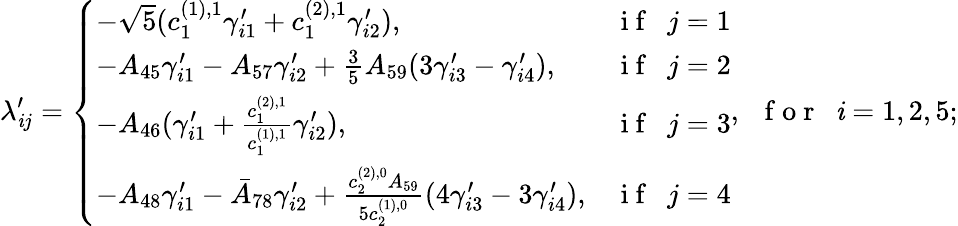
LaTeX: \lambda_{\mathit{i}j}^{\prime}=\left\{ \begin{array}{ll}{-\sqrt{5}(c_{1}^{(1),1}\gamma_{i1}^{\prime}+c_{1}^{(2),1}\gamma_{i2}^{\prime}),}&{\mathrm{~i~f~~~}j=1}\\ {-A_{45}\gamma_{i1}^{\prime}-A_{57}\gamma_{i2}^{\prime}+\frac{3}{5}A_{59}(3\gamma_{i3}^{\prime}-\gamma_{i4}^{\prime}),}&{\mathrm{~i~f~~~}j=2}\\ {-A_{46}(\gamma_{i1}^{\prime}+\frac{c_{1}^{(2),1}}{c_{1}^{(1),1}}\gamma_{i2}^{\prime}),}&{\mathrm{~i~f~~~}j=3}\\ {-A_{48}\gamma_{i1}^{\prime}-\bar{A}_{78}\gamma_{i2}^{\prime}+\frac{c_{2}^{(2),0}A_{59}}{5c_{2}^{(1),0}}(4\gamma_{i3}^{\prime}-3\gamma_{i4}^{\prime}),}&{\mathrm{~i~f~~~}j=4}\end{array}\right.,\mathrm{{~~~f~o~r~~~}}\mathit{i}=1,2,5;